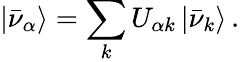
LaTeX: |\bar{\nu}_{\alpha}\rangle=\sum_{k}U_{\alpha k}\, |\bar{\nu}_{k}\rangle\, .